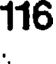
116